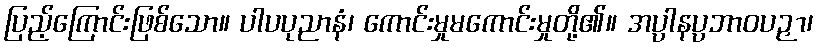
ပြည့်ကြောင်းဖြစ်သော။ ပါပပုညာနံ၊ ကောင်းမှုမကောင်းမှုတို့၏။ အပ္ပါနပ္ပဘာဝပဉှာ၊